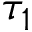
\tau _ { 1 }